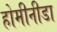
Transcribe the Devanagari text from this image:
होमीनीडा